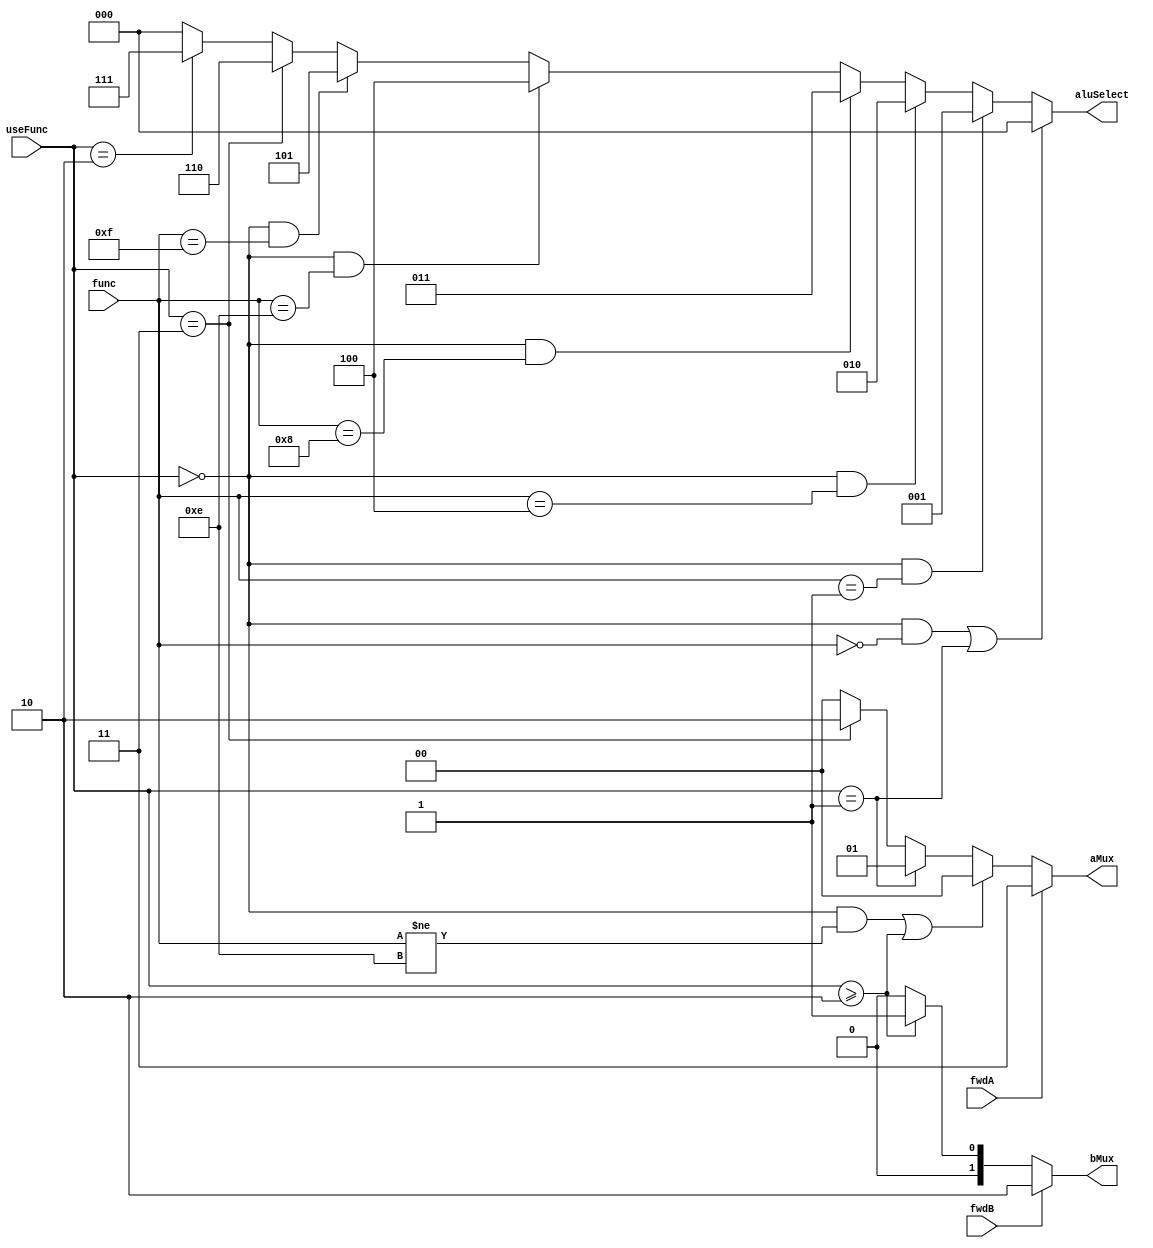
/*
 * Module by Genesis Dionisio
 */

module aluCtrl
(
	input [1:0] useFunc,
	input [3:0] func,
	input fwdA,
	input fwdB,
	output reg [2:0] aluSelect,
	output reg [1:0] aMux,
	output reg [1:0] bMux
);

always @(*)
begin
	//aluSelect 
	if ((useFunc == 2'b00 && func == 4'b0000 )|| useFunc == 2'b01)
	begin
	aluSelect = 3'b000;
	end	
	
	else if (useFunc == 2'b00 && func == 4'b0001)
	begin
	aluSelect = 3'b001;
	end
	
	else if (useFunc == 2'b00 && func == 4'b0100)
	begin
	aluSelect = 3'b010;
	end

	else if(useFunc == 2'b00 && func == 4'b1000)
	begin
	aluSelect = 3'b011;
	end
	
	else if(useFunc == 2'b00 && func == 4'b1110)
	begin
	aluSelect = 3'b100;
	end
	
	else if(useFunc == 2'b00 && func == 4'b1111)
	begin
	aluSelect = 3'b101;
	end
	
	else if(useFunc == 2'b11)
	begin
	aluSelect = 3'b110;
	end
	
	else if(useFunc == 2'b10)
	begin
	aluSelect =3'b111;
	end

	else
	begin
	aluSelect = 3'b000;
	end
end

always@(*)
begin
	//aMux
	if(fwdA == 1)
	begin
	aMux = 2'b11;
	end

	else if ((useFunc  == 2'b00 && func != 4'b1110 ) ||  useFunc >= 2'b10)
	begin
	aMux = 2'b00;
	end
	
	else if (useFunc == 2'b01)
	begin
	aMux = 2'b01;
	end
	
	else if (useFunc == 2'b11)
	begin
	aMux = 2'b10;
	end
	
	else
		aMux <= 2'b00;
end

always @(*)
begin
	//bMux
	if(fwdB == 1)
	begin
	bMux = 2'b10;
	end
	
	else if (useFunc >= 2'b10)
	begin
	bMux = 2'b01;
	end
	
	else
	begin
	bMux =2'b00;
	end
	
end

endmodule